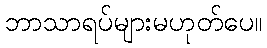
ဘာသာရပ်များမဟုတ်ပေ။